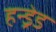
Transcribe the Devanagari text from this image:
हन्ड्रेड